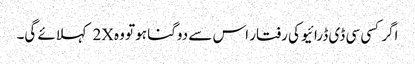
اگر کسی سی ڈی ڈرائیو کی رفتار اس سے دوگنا ہو تو وہ 2X کہلائے گی۔